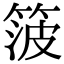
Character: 箥